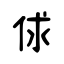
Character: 俅